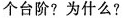
个台阶? 为什么?